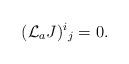
LaTeX: \begin{align*}({\cal L}_a J)^i{}_j = 0 . \end{align*}